画像に写った文字を読んでください
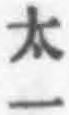
「太一」と書いてあります